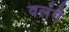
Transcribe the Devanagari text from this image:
वलंगै